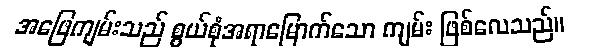
အဖြေကျမ်းသည် စွယ်စုံအရာမြောက်သော ကျမ်း ဖြစ်လေသည်။